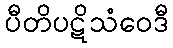
ပီတိပဋိသံဝေဒီ